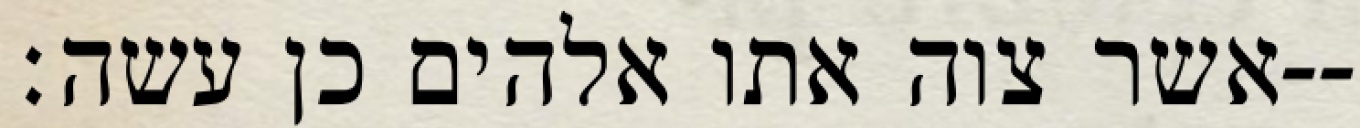
אשר צוה אתו אלהים כן עשה׃--